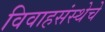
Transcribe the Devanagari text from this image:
विवाहसंस्थेचे